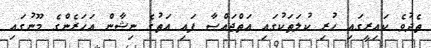
ތެދުވެ ކައިރީގައި ހުރި ކުލަތަކުގައި އަތްޖައްސާ ފައި އަތުގެ ނިޝާން އަހަރެންގެ މޫނުގައި